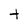
Character: t